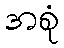
အစုံ